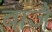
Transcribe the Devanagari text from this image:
बाजै